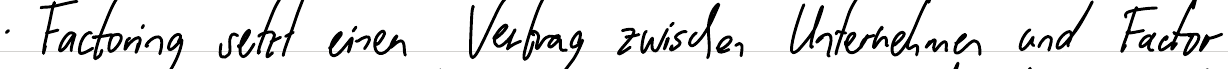
Factoring setzt einen Vertrag zwischen Unternehmen und Factor